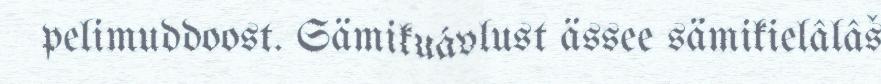
pelimuddoost. Sämikuávlust ässee sämikielâlâš